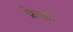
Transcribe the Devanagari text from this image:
फ्रेको